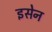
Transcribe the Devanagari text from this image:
इसेन